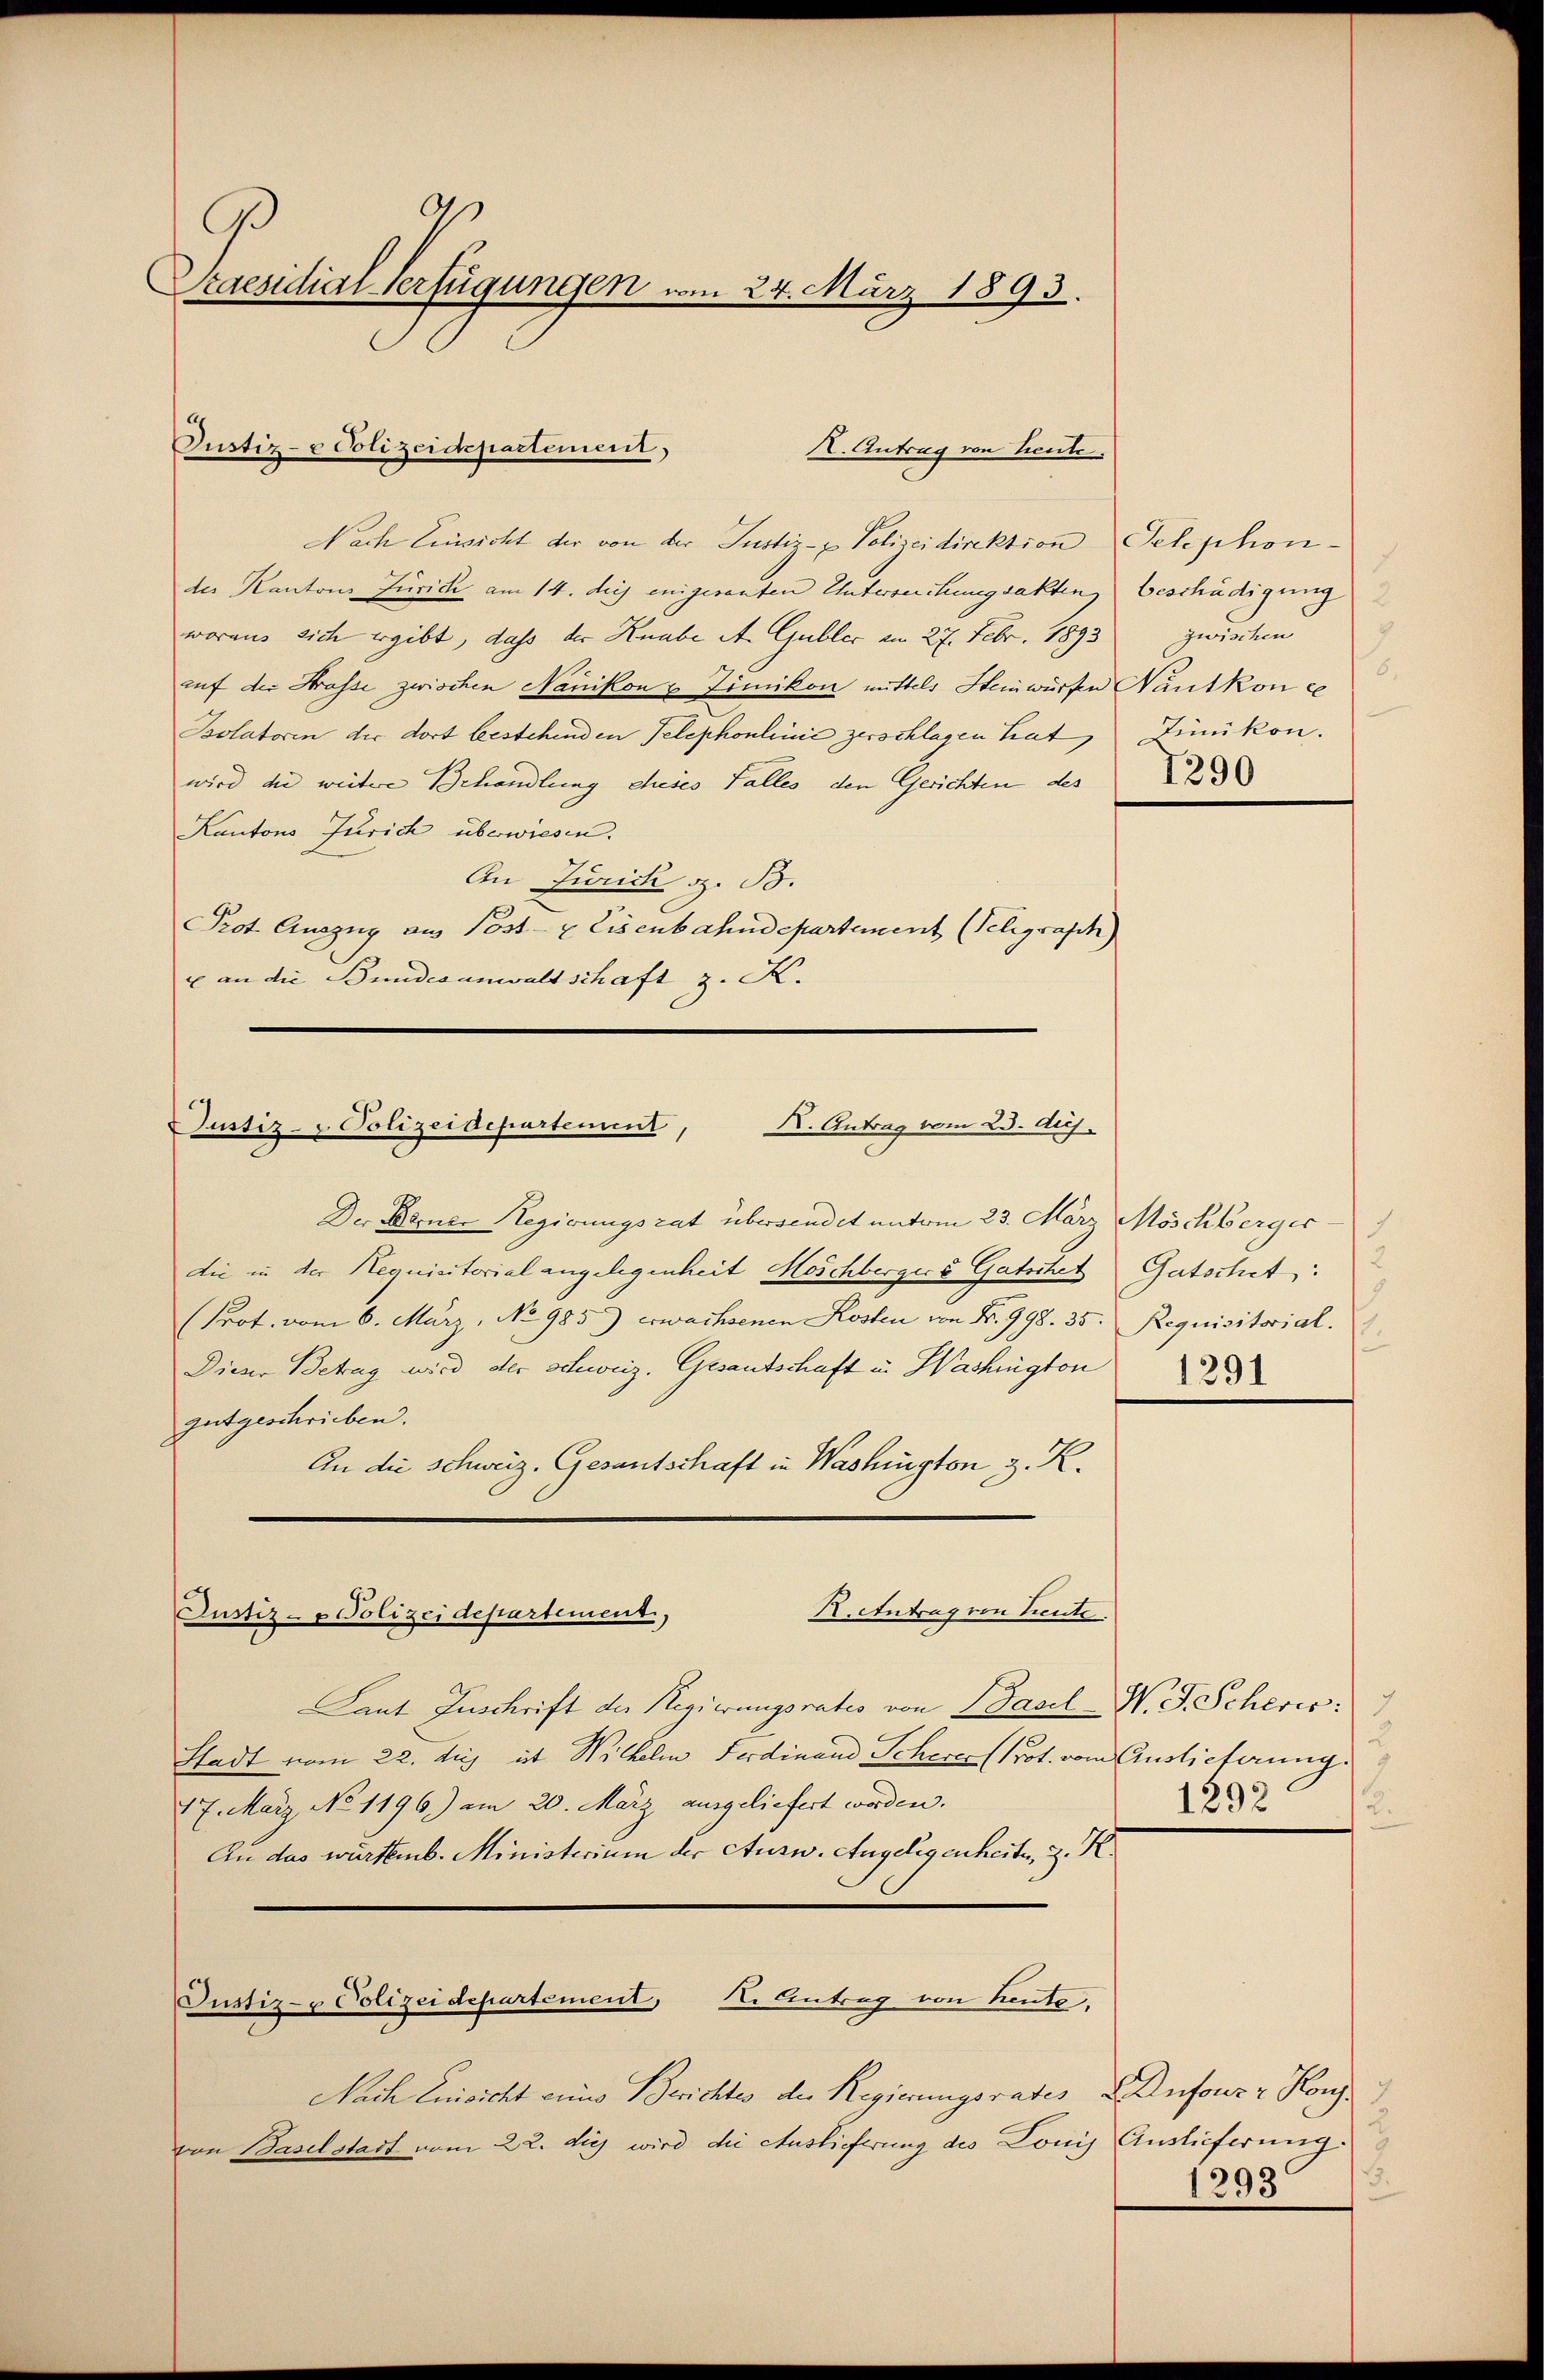
B
Praesidial-Verfügungen vom 24. März 1893.

Justiz- & Polizeidepartement,

Nach Einsicht der von der Justiz- & Polizeidirektion Telephonder Kantons Zürich am 14. diejenigesanten Untersuchungsakten Beschädigung
woraus sich ergibt, dass der Knabe A. Gublic am 27. Febr. 1893
auf der Strasse zwischen Nänikon & Zimikon mittels Heinwürfen Nantkon e
Bolatoren der dort bestehenden Telephonlinić zerschlagen hat, Sünikon.
wird die weitere Behandlung eheses Falles den Gerichten des
Kantons Jurich überwiesen.
An Jurich z. B.
Prot. Auszug aus Post- & Eisenbahndepartement (Telegraph
u an die Bundesanwaltschaft z. K.

X. Antrag von Lieute.

X. Antrag vom 23. Aug.
Justiz- & Polizeidepartement,

Justiz- u Polizeidepartement, I. Antrag von heute.

Der Berner Regierungsrat übersendet unterm 23. März Möschberger
die in der Requisitorial angelegenheit Möschbergers Gatschet
Prot. vom 6. März, No 985) erwachsenen Kosten von Nr. 998. 35. Requisitorial.
Dieser Betrag wird der schweiz. Gesandschaft in Washington
gutgeschrieben.
An die Schweiz. Gesantschaft in Washington, z. R.
Justiz- u Polizei departement,
R.Antrag von Lieute.
Laut Zuschrift der Regierungsrates von Basel N. F. Scherer:
Stadt vom 22. huj. ist Wilhelm Ferdinand Schere Prot. vom Auslieferung.
17. März No 1196) am 20. März ausgeliefert worden.
An das württemb. Ministerium der Ausw. Angelegenheite, z. K.

7
zwischen
6.

Nach Einsicht eines Berichtes der Regierungsrates Anfour Konz
von Baselstadt vom 22. die wird die Auslieferung des Lonis Auslieferung:

Gutschet:
.
f
1291

u
1292
2.

.
1293